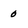
Character: 0